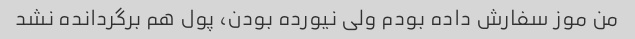
من موز سفارش داده بودم ولی نیورده بودن، پول هم برگردانده نشد